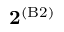
\mathbf { 2 } ^ { ( \mathrm { B 2 } ) }